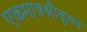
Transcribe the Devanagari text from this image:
एकमात्रश्रीकृष्ण